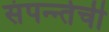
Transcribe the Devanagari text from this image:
संपन्न्तेची